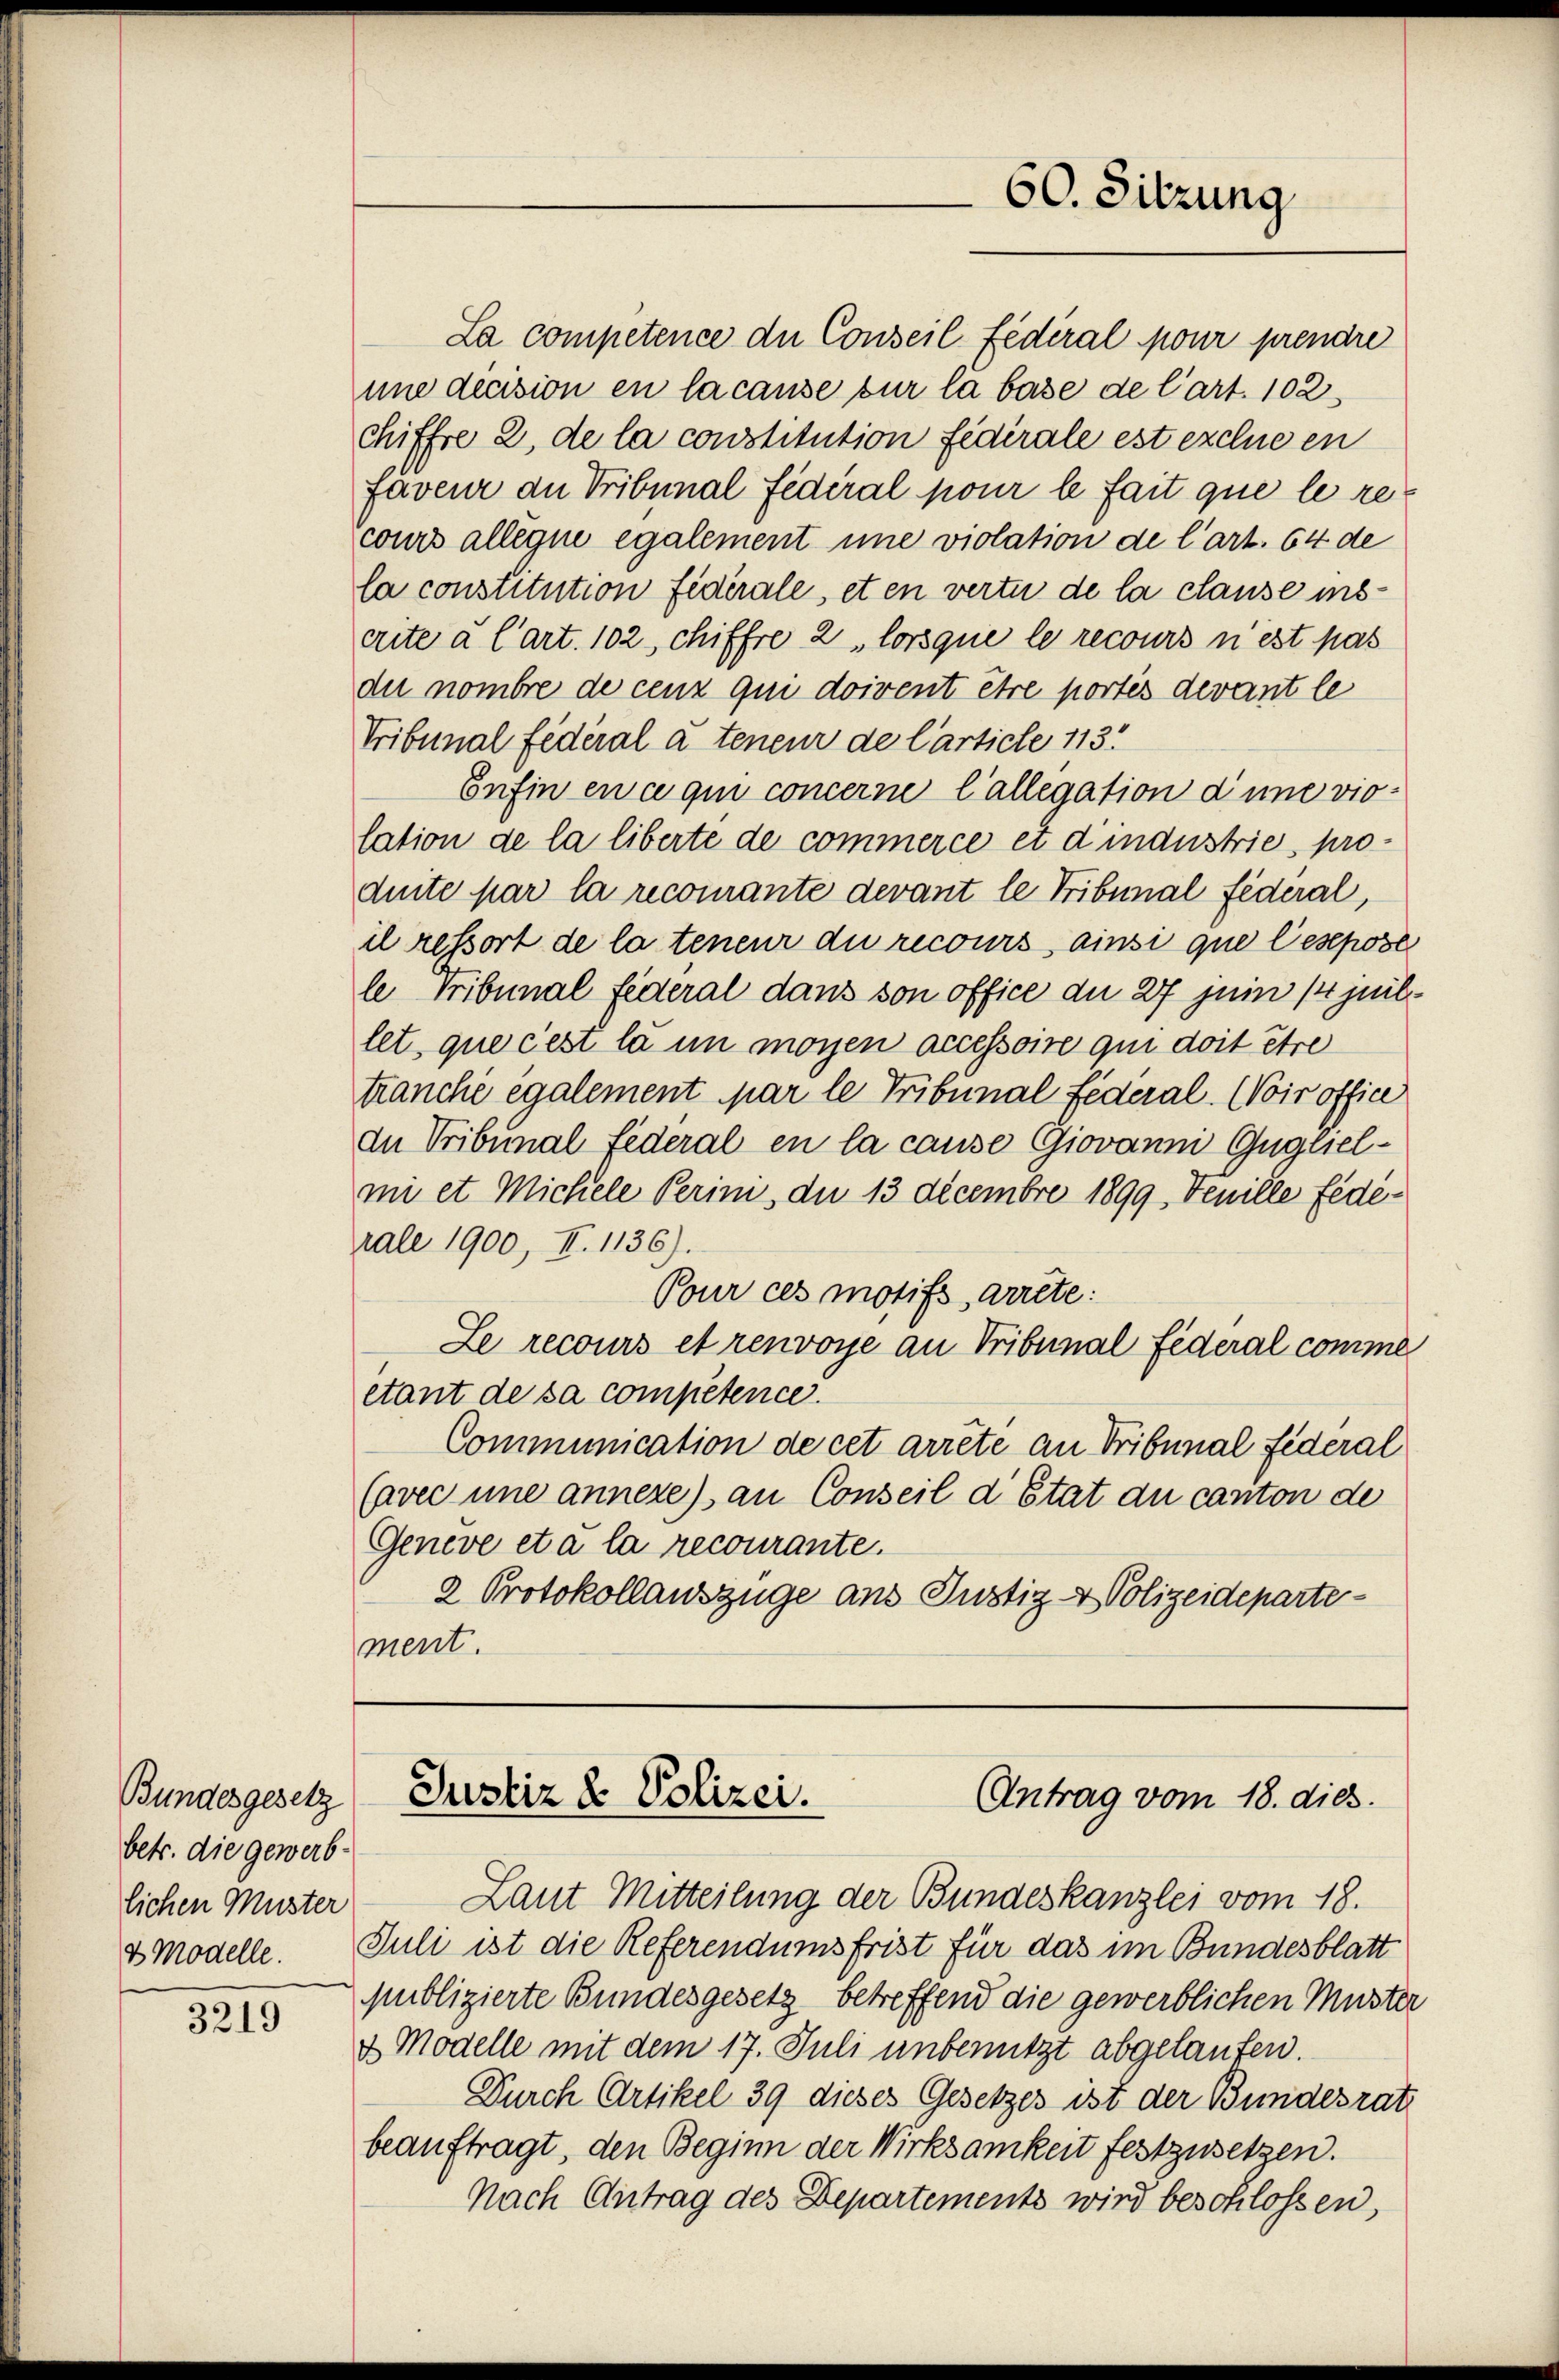
Bundesgesetz
betr. die gewerb
lichen Muster
& Modelle.

3219

La competence die Conseil fédéral pour prendre
une decision en la cause sur la base de l’art. 102
Chiffre 2, de la constitution fédérale est exclue en
faveur an Tribunal Federal pour le fait que le recours allegii egalement une violation de l’art. 64 de
la constitution fidérale, et en vertu de la clause inserte a Cart. 102, chiffre 2 lorsque le recours n est pas
du nombre de cenz qui doivent être portés devant le
Tribunal fédéral a teneur de Carticle 113.
Enfin en ce qui concerne Collegation d’une violation de la liberte de commerce et d industrie, produite par la recomante devant le Tribunal Federal,
il ressort de la teneur du recours, ainsi que lesepose
le Tribunal federal dans son office du 27 juin 1 Juillet, que c’est la in moyen accessoire qui doit être
tranche egalement par le Tribunal Federal. (Voir office
du Tribunal Federal en la cause Giovanni Gugeielmi et Michele Perini, du 13 Decembre 1899, Tenille fédérale 1900, II. 1136).
Pour ces motifs, arrête:
Le recours et renvoye an Tribunal Federal comme
etant de sa competence
Communication de cet arrête an Tribunal fédéral
(avec une anneze) an Conseil d’Etat au canton de
Geneve eta la recourante.
2 Protokollauszüge aus Justiz & Polizeidepartement.

Laut Mitteilung der Bundeskanzlei vom 18.
Juli ist die Referendumsfrist für das im Bundesblatt
Publizierte Bundesgesetz betreffend die gewerblichen Muster
& Modelle mit dem 17. Juli unbenutzt abgelaufen.
Durch Artikel 39 dieses Gesetzes ist der Bundesrat
beauftragt, den Beginn der Wirksamkeit festzusetzen.
Nach Antrag des Departements wird beschlossen,

60. Sitzung

Justiz & Polizei.
Antrag vom 18. dies